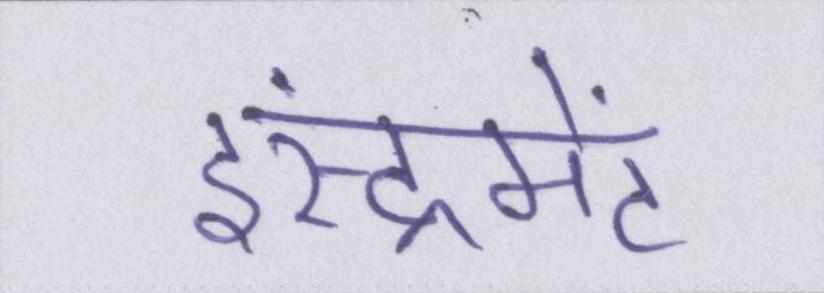
इंस्ट्रूमेंट